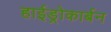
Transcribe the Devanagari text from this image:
हाईड्रोकार्बन